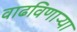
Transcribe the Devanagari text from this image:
वाढविणाऱ्या